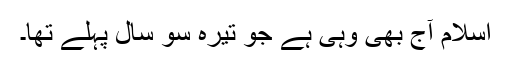
اسلام آج بھی وہی ہے جو تیرہ سو سال پہلے تھا۔